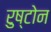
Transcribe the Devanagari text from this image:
रुष्टोन